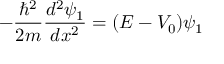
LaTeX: - { \frac { \hbar ^ { 2 } } { 2 m } } { \frac { d ^ { 2 } \psi _ { 1 } } { d x ^ { 2 } } } = ( E - V _ { 0 } ) \psi _ { 1 }